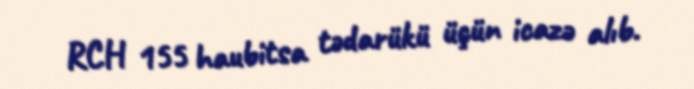
RCH 155 haubitsa tədarükü üçün icazə alıb.